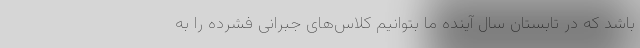
باشد که در تابستان سال آینده ما بتوانیم کلاس‌های جبرانی فشرده را به